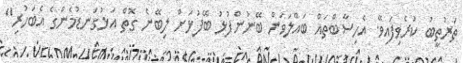
ތަރުތީބު ކުރެވިފައިވޭ. އެހިސާބްތައް ބައްލަވަން ބޭނުންފުޅު ބޭފުޅަށް ލިބޭނެ ގޮތް އަޅުގަނޑުމެންގެ އެބަހުރި"